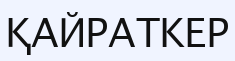
ҚАЙРАТКЕР